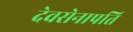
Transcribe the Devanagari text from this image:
देवसेनापति